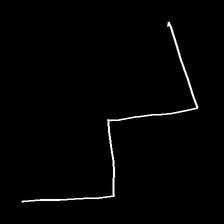
Glyph: crush